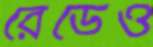
রেডেও